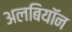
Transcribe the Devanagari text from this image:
अलबियॉन